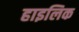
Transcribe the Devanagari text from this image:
हाइलिक